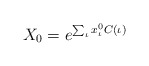
\begin{align*}X_0 =e^{\sum_\iota x^{0}_\iota C(\iota )}\end{align*}